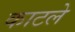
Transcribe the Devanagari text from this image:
काटले